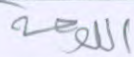
اللوحة